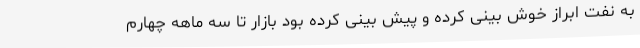
به نفت ابراز خوش بینی کرده و پیش بینی کرده بود بازار تا سه ماهه چهارم